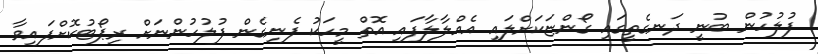
ފުލުހުން ބުނީ ދަނގެތީގައި ގޯންޏަކަށްލައި އެއްލާލާފައި އޮތް މީހަކު ފެނިގެން ފުލުހުންނަށް ރިޕޯޓުކޮށްފައިވާ